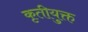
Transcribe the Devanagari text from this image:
कृतीयुक्त